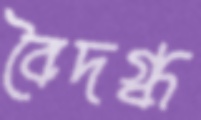
বৈদগ্ধ